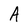
Character: A